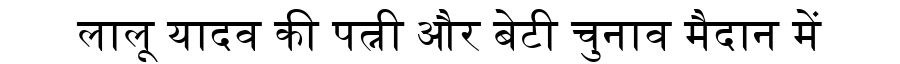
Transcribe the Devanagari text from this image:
लालू यादव की पत्नी और बेटी चुनाव मैदान में